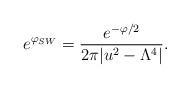
LaTeX: \begin{align*}e^{\varphi_{SW}}= {e^{-\varphi/2}\over 2\pi|u^2-\Lambda^4|}.\end{align*}